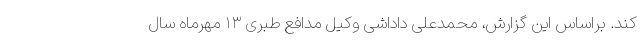
کند. براساس این گزارش، محمدعلی داداشی وکیل مدافع طبری ۱۳ مهرماه سال